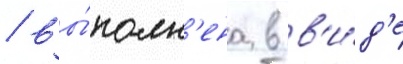
/ вы́полн'ена в в'и́д'е